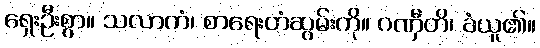
ရှေးဦးစွာ။ သလာကံ၊ စာရေးတံဆွမ်းကို။ ဂဏှီတိ၊ ခံယူ၏။